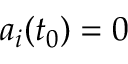
a _ { i } ( t _ { 0 } ) = 0